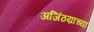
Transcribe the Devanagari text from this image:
अजिंठय़ाच्या